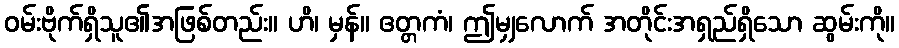
ဝမ်းဗိုက်ရှိသူ၏အဖြစ်တည်း။ ဟိ၊ မှန်။ ဧတ္တကံ၊ ဤမျှလောက် အတိုင်းအရှည်ရှိသော ဆွမ်းကို။